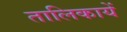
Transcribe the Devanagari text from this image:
तालिकायें